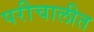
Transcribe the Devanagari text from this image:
परीचालीत